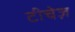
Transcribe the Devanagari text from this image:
टीचेज़